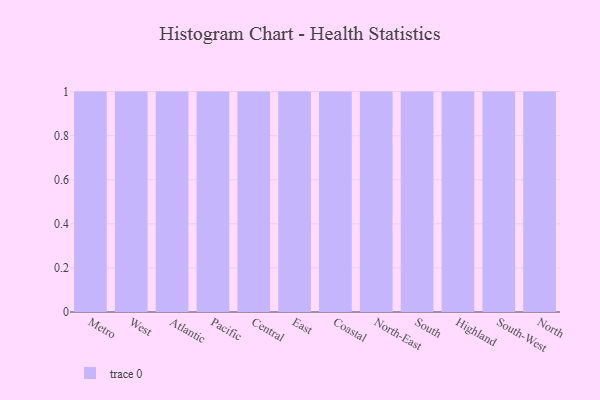
{"axis": {"x": "Region", "y": "Operating Costs (USD K)"}, "legend": [""], "data": [{"x": "Metro", "y": 75, "type": ""}, {"x": "West", "y": 70, "type": ""}, {"x": "Atlantic", "y": 30, "type": ""}, {"x": "Pacific", "y": 88, "type": ""}, {"x": "Central", "y": 68, "type": ""}, {"x": "East", "y": 36, "type": ""}, {"x": "Coastal", "y": 29, "type": ""}, {"x": "North-East", "y": 88, "type": ""}, {"x": "South", "y": 24, "type": ""}, {"x": "Highland", "y": 67, "type": ""}, {"x": "South-West", "y": 43, "type": ""}, {"x": "North", "y": 84, "type": ""}]}